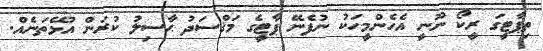
ތިޕާޓީގަ ރީކޯ ނޫނީ އެހެންމީހަކު ނުފެނޭ ޕާޓީގެ މަޤްސަދު ޙާސިލު ކުރަން އުޅޭތަނެއް.